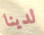
لدينا